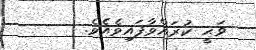
ޥަޙީ ކުރައްވާފައިވެއެވެ.